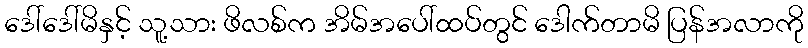
ဒေါ်ဒေါ်မိနှင့် သူ့သား ဖိလစ်က အိမ်အပေါ်ထပ်တွင် ဒေါက်တာမိ ပြန်အလာကို